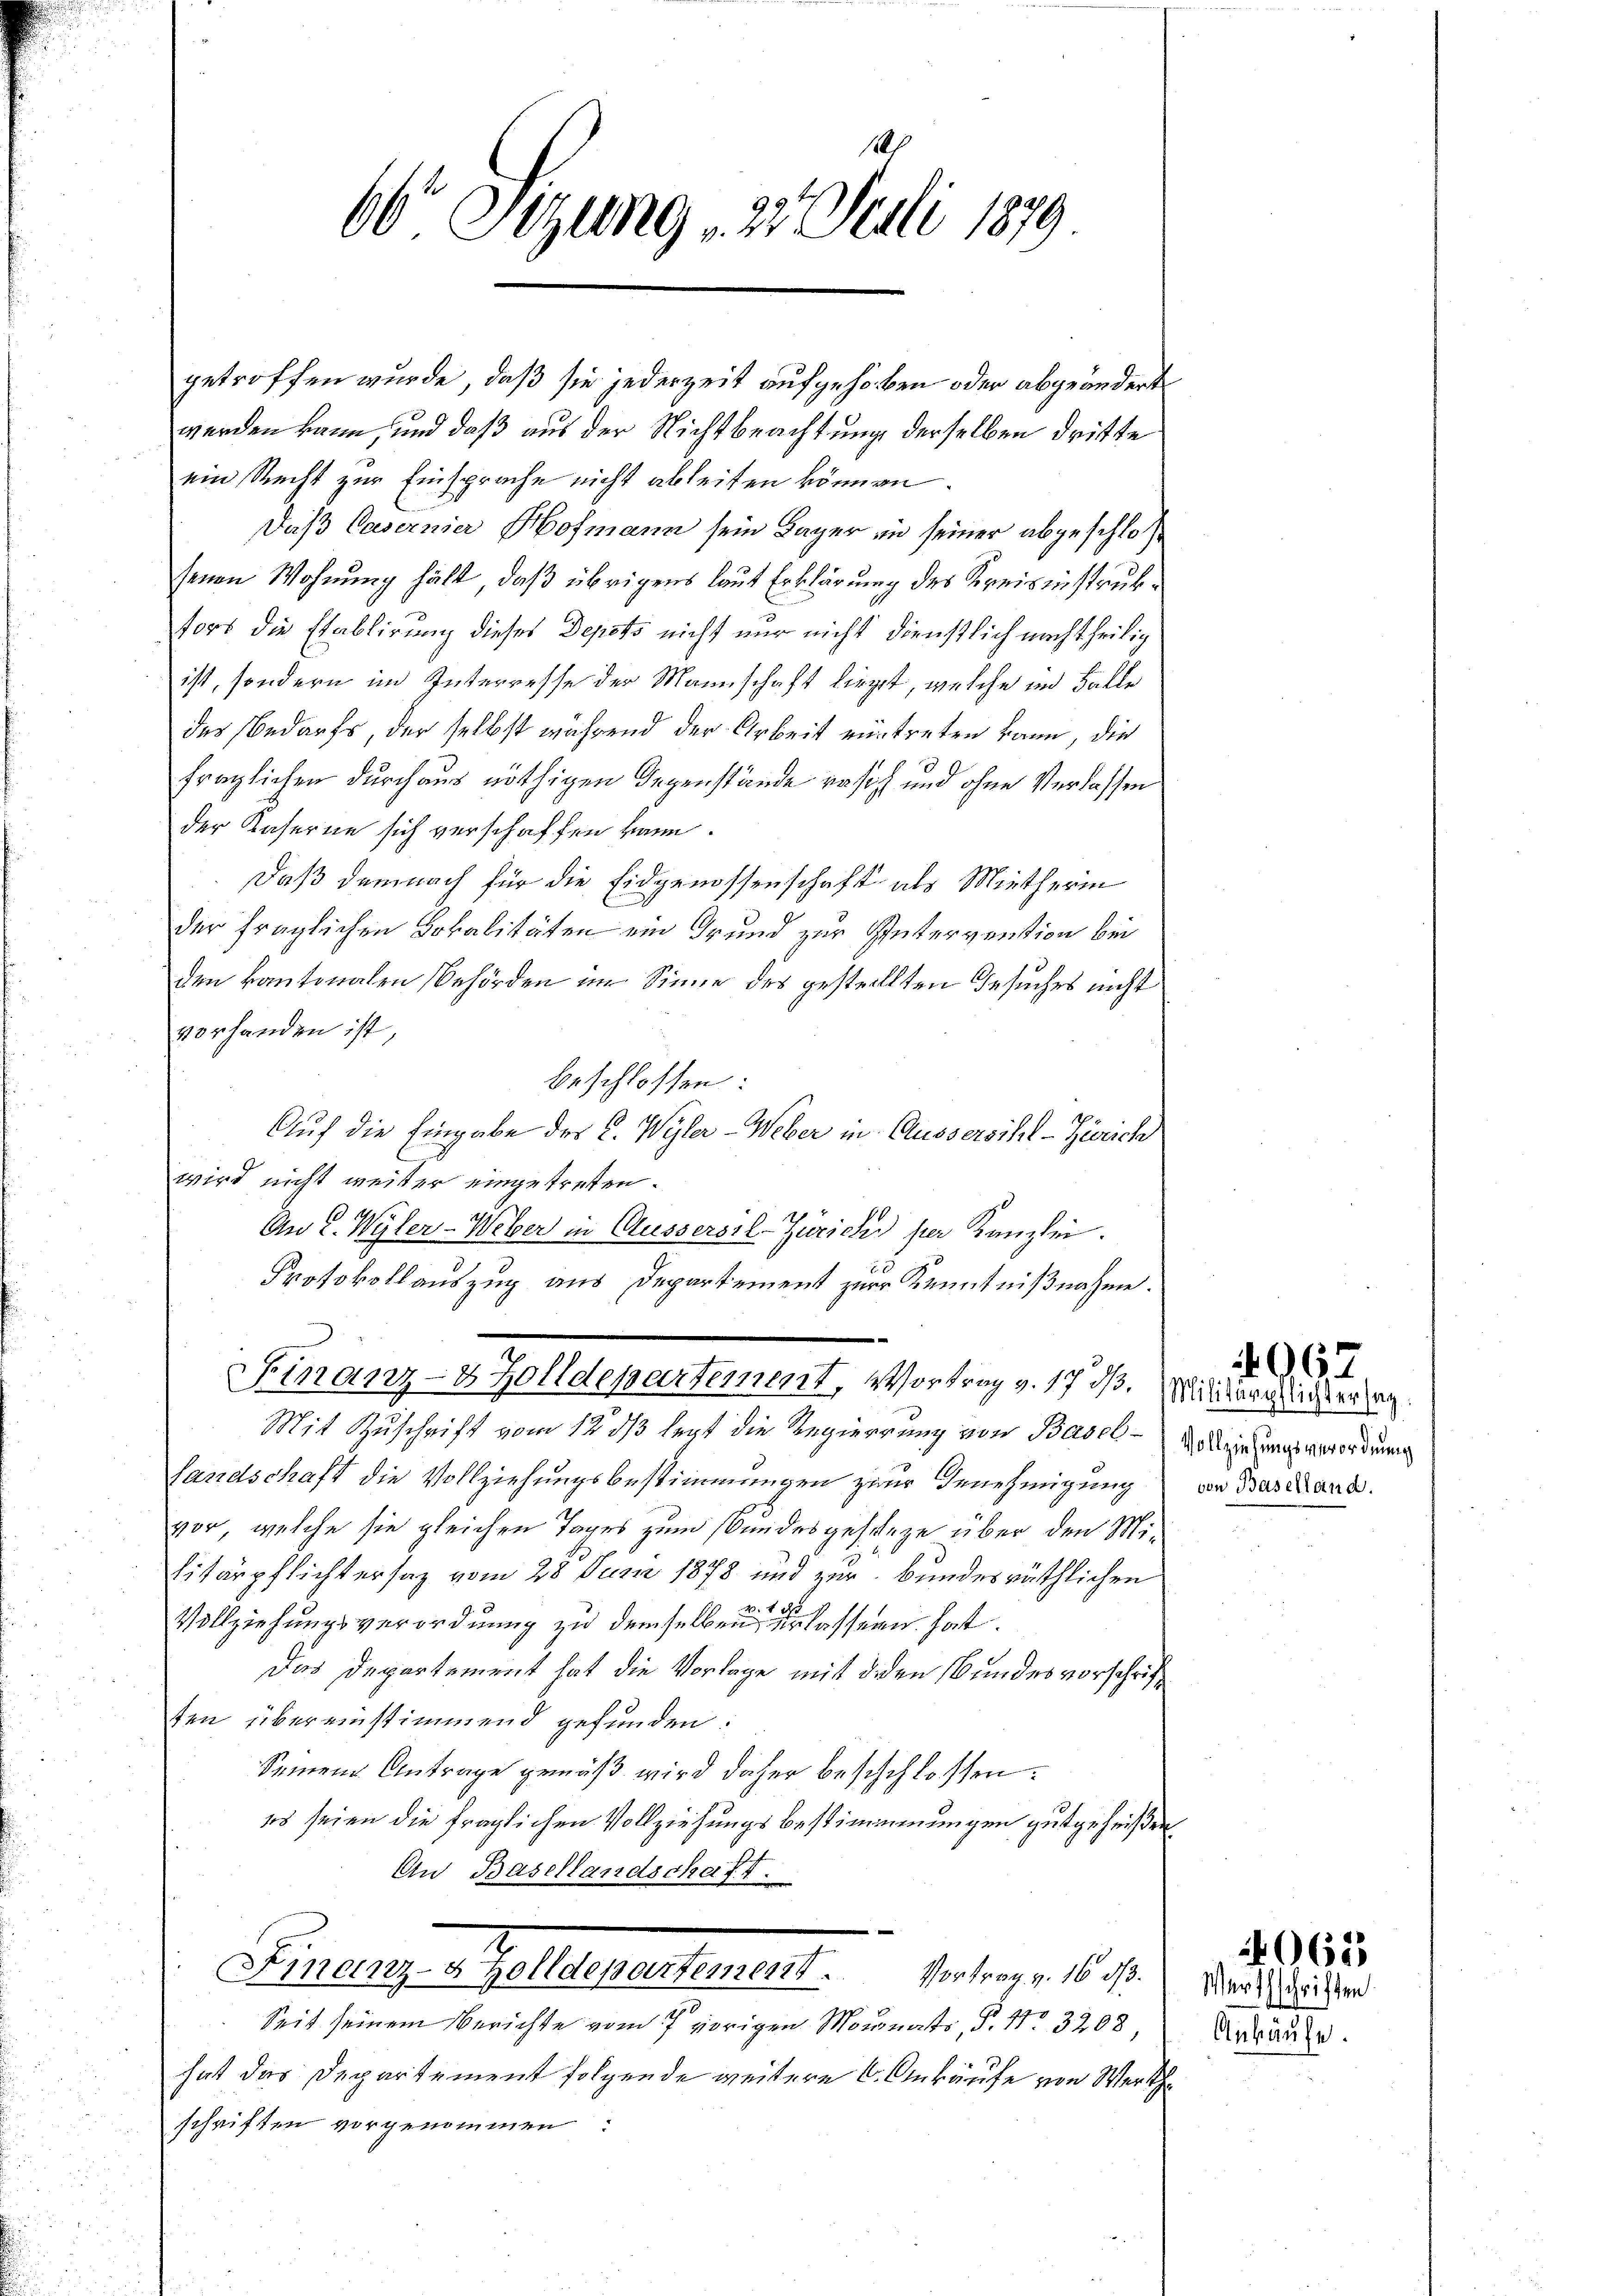
66 Sitzung 22. Juli 1879

getroffen wurde, daß sie jederzeit aufgehoben oder abgeändert
werden kann, und daß aus der Nichtbeachtung derselben dritte
ein Recht zur Einsprache nicht ableiten können.
Daß Casernier Hofmann sein Lager in seiner abgeschlossenen Wohnung hält, daß übrigens laut Erklärung des Kreisinstruksors die Etablirung dieses Depots nicht nur nicht dienstlich nachtheilig
ist, sondern im Interresse der Mannschaft liegt, welche im Falle
des Bedarfs, der selbst während der Arbeit eintreten kann, die
fraglichen durchaus nöthigen Gegenstände rasch und ohne Verlassen
der Kaserne sich verschaffen kann.
Daß demnach für die Eidgenossenschaft als Mietherin
der fraglichen Lokalitäten ein Grund zur Untervention bei
den kantonalen Behörden im Sinne des gestellten Gesuches nicht
vorhanden ist,
beschlossen:
Auf die Eingabe des C. Wyler-Weber in Aussersihl-Zürich
wird nicht weiter eingetreten.
An 2. Wyler - Weber in Aussersil-Zürich per Kanzlei.
Protokollauszug aus Departement zur Kenntnißnahme.
Finanz-8 Zolldepartement, Vortrag v. 17 d. Minderglicher an
Mit Zuschrift vom 12. ds legt die Regierung von Basel Vollziehungsverordnung
Landschaft die Vollziehungsbestimmungen zur Genehmigung
vor, welche sie gleichen Tages zum Stundesgeschehe über den Militärpflichtersaz vom 28 Juni 1878 und zur Bundesräthlichen
Vollziehungsverordnung zu demselben lassern hat.
Das Departement hat die Vorlage mit dien Bundesvorschrift
ten übereinstimmend gefunden.
Seinem Antrage gemäß wird daher beschlossen:
es seien die fraglichen Vollziehungsbestimmungen gutgeheißen,
An Basellandschaft.

Seit seinem Berichte vom 7 vorigen Monats, S. 11. 3208
hat das Departement folgende weitere 6. Ankäufe von Werth
schriften vorgenommen:

illigen Hellen erstement getrage stehen

von Baselland.

Ankäufe

1067

2062
Werth

hriften